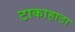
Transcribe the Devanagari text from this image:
टाकाहाटा